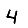
Digit: 4